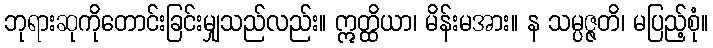
ဘုရားဆုကိုတောင်းခြင်းမျှသည်လည်း။ ဣတ္ထိယာ၊ မိန်းမအား။ န သမ္ပဇ္ဇတိ၊ မပြည့်စုံ။